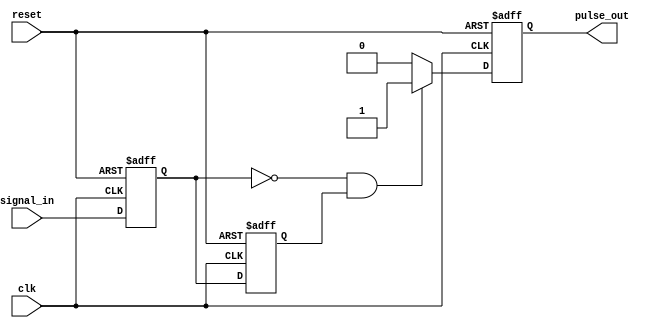
module negative_edge_detector (
    input wire clk,          // Clock signal
    input wire reset,        // Asynchronous reset signal
    input wire signal_in,    // Input signal to detect negative edge
    output reg pulse_out      // Output pulse indicating negative edge detection
);

    // Registers to hold the current and previous state of the input signal
    reg signal_in_reg;       // Current state of the input signal
    reg signal_in_prev;      // Previous state of the input signal

    // Always block to sample the input signal on the positive edge of the clock
    always @(posedge clk or posedge reset) begin
        if (reset) begin
            signal_in_reg <= 1'b0;      // Reset current state
            signal_in_prev <= 1'b0;     // Reset previous state
            pulse_out <= 1'b0;           // Reset output pulse
        end else begin
            // Shift the current state to previous state
            signal_in_prev <= signal_in_reg;
            signal_in_reg <= signal_in;

            // Edge detection logic
            if (signal_in_reg == 1'b0 && signal_in_prev == 1'b1) begin
                pulse_out <= 1'b1;         // Generate pulse on negative edge
            end else begin
                pulse_out <= 1'b0;         // Clear pulse otherwise
            end
        end
    end

endmodule